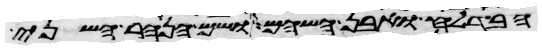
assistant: הבדלח ואבן השהם ושם הנהר השני